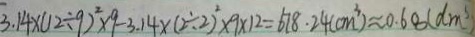
3 . 1 4 \times ( 1 2 \div 9 ) ^ { 2 } \times 9 - 3 . 1 4 \times ( 2 \div 2 ) ^ { 2 } \times 9 \times 1 2 = 6 7 8 . 2 4 ( c m ^ { 3 } ) \approx 0 . 6 8 ( d m ^ { 3 } )